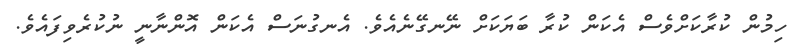
ހިމުން ކުރާކަށްވެސް އެކަން ކުރާ ބަޔަކަށް ނޭނގޭނެއެވެ. އެނގުނަސް އެކަން އޮންނާނީ ނުކުރެވިފައެވެ.